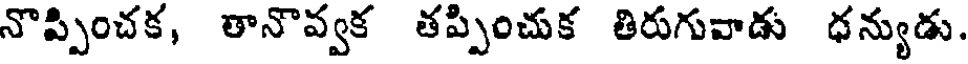
నొప్పించక, తానొవ్వక తప్పించుక తిరుగువాడు ధన్యుడు.